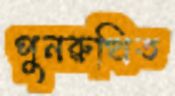
পুনরুত্থিত